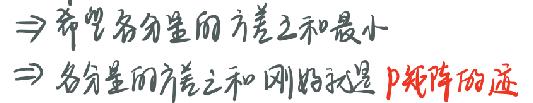
$\Rightarrow$ 希望各分量的方差之和最小
$\Rightarrow$ 各分量的方差之和刚好就是 $\boldsymbol{p}$ 矩阵的迹